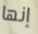
إنها